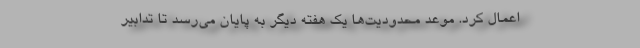
اعمال کرد. موعد محدودیت‌ها یک هفته دیگر به پایان می‌رسد تا تدابیر